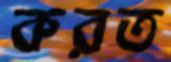
করত